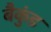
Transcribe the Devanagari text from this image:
बैकुंड